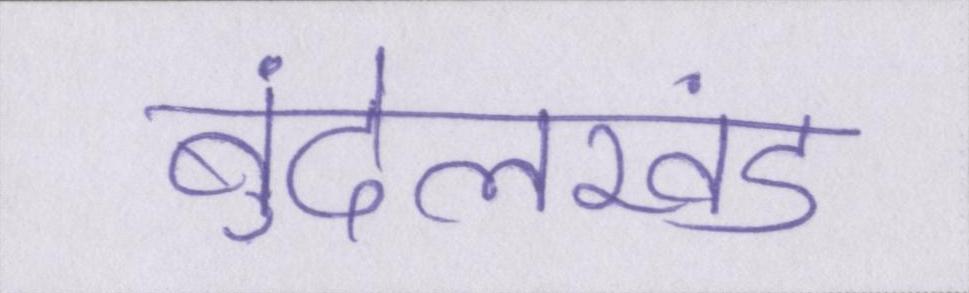
बुंदेलखंड